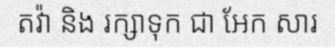
តវ៉ា និង រក្សាទុក ជា អែក សារ